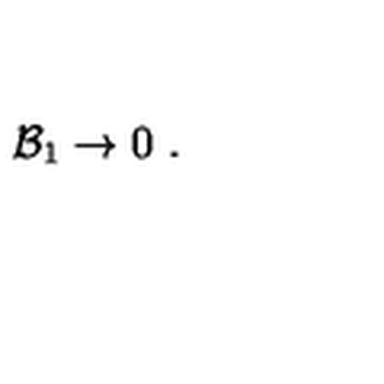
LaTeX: { \cal B } _ { 1 } \rightarrow 0 \ .